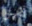
هو